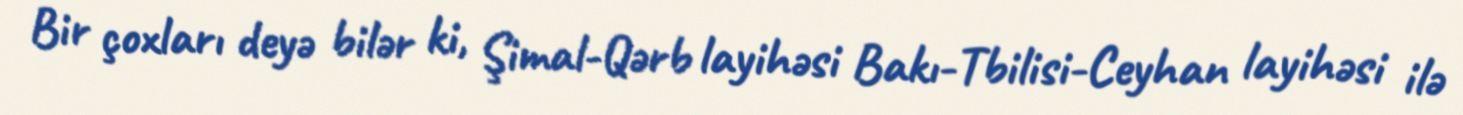
Bir çoxları deyə bilər ki, Şimal-Qərb layihəsi Bakı-Tbilisi-Ceyhan layihəsi ilə